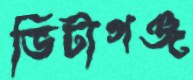
ভিটাগঞ্জ